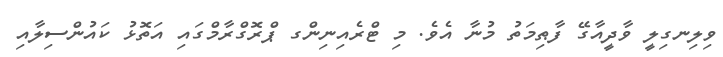
ވިލިނގިލީ ވާދީއާގޭ ފާޠިމަތު މުނާ އެވެ. މި ޓްރެއިނިންގ ޕްރޮގްރާމްގައި އަތޮޅު ކައުންސިލާއި